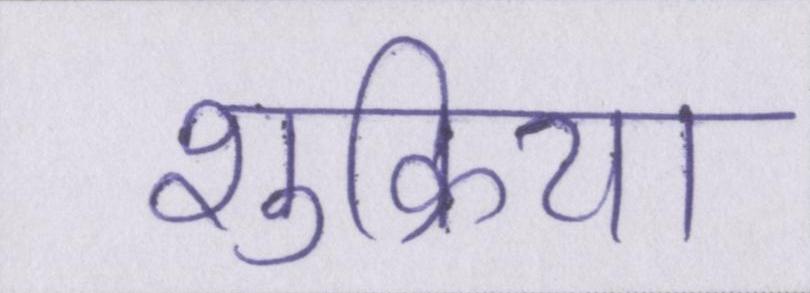
शुक्रिया